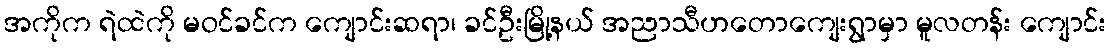
အကိုက ရဲထဲကို မဝင်ခင်က ကျောင်းဆရာ၊ ခင်ဦးမြို့နယ် အညာသီဟတောကျေးရွာမှာ မူလတန်း ကျောင်း